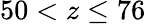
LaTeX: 50<z\le 76